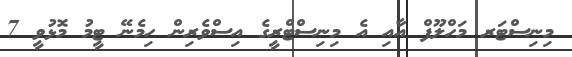
މިނިސްޓަރ މަހްލޫފް އާއި އެ މިނިސްޓްރީގެ އިސްވެރިން ހިމެނޭ ޓީމު މޮޅުވީ 7